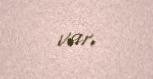
var.